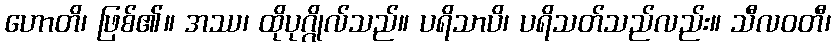
ဟောတိ၊ ဖြစ်၏။ အဿ၊ ထိုပုဂ္ဂိုလ်သည်။ ပရိသာပိ၊ ပရိသတ်သည်လည်း။ သီလဝတီ၊